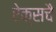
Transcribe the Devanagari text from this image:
ऐक्सचै